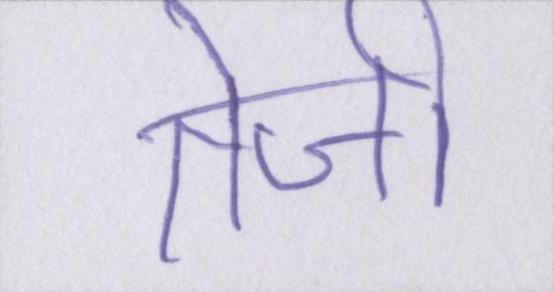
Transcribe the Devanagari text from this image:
तेजी